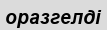
оразгелді